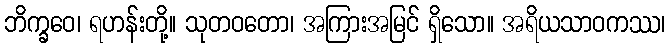
ဘိက္ခဝေ၊ ရဟန်းတို့။ သုတဝတော၊ အကြားအမြင် ရှိသော။ အရိယသာဝကဿ၊